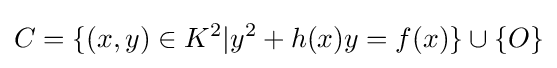
C=\{(x,y)\in K^{2}|y^{2}+h(x)y=f(x)\}\cup \{O\}